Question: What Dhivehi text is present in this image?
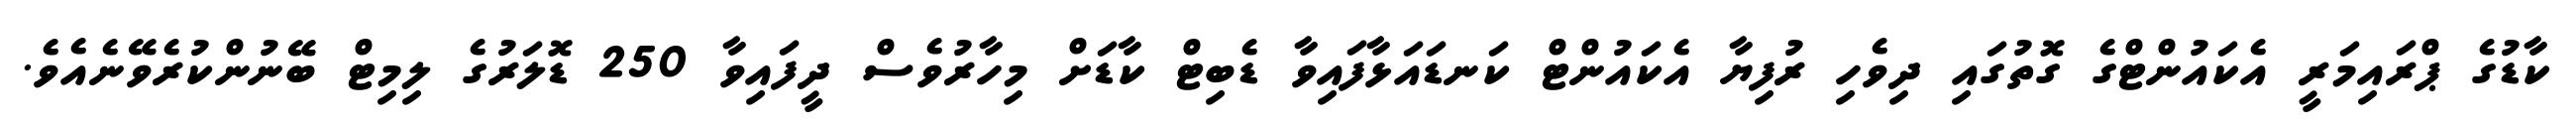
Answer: ކާޑުގެ ޕްރައިމަރީ އެކައުންޓްގެ ގޮތުގައި ދިވެހި ރުފިޔާ އެކައުންޓް ކަނޑައަޅާފައިވާ ޑެބިޓް ކާޑަށް މިހާރުވެސް ދީފައިވާ 250 ޑޮލަރުގެ ލިމިޓް ބޭނުންކުރެވޭނެއެވެ.